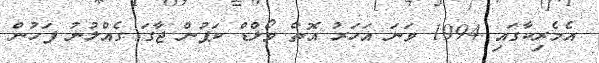
އެމެރިކާގައި 1994 ވަނަ އަހަރު އޮތް ވޯލްޑް ކަޕުން ޖާގަ ގެއްލުނު ފަހުން